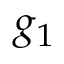
g _ { 1 }